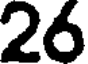
26